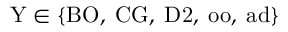
\mathrm { Y } \in \{ \mathrm { B O } , \; \mathrm { C G } , \; \mathrm { D 2 } , \; \mathrm { o o } , \; \mathrm { a d } \}